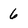
Character: 6